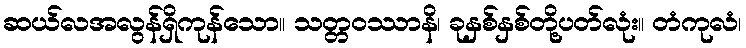
ဆယ်လအလွန်ရှိကုန်သော။ သတ္တဝဿာနိ၊ ခုနှစ်နှစ်တို့ပတ်လုံး။ တံကုလံ၊